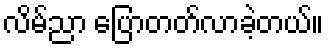
လိမ်ညာ ပြောတတ်လာခဲ့တယ်။